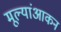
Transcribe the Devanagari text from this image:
मूल्यांआकन